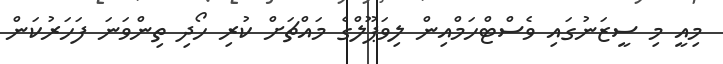
މިއީ މި ސީޒަނުގައި ވެސްޓްހަމްއިން ލިވަޕޫލްގެ މައްޗަށް ކުރި ހޯދި ތިންވަނަ ފަހަރުކަން